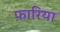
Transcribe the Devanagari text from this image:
फ़ारिया